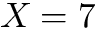
X = 7